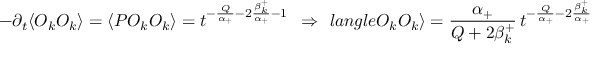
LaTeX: - \partial _ { t } \langle { \cal O } _ { k } { \cal O } _ { k } \rangle = \langle P { \cal O } _ { k } { \cal O } _ { k } \rangle = t ^ { - { \frac { Q } { \alpha _ { + } } } - 2 { \frac { \beta _ { k } ^ { + } } { \alpha _ { + } } } - 1 } \ \ \Rightarrow \ \, l a n g l e { \cal O } _ { k } { \cal O } _ { k } \rangle = { \frac { \alpha _ { + } } { Q + 2 \beta _ { k } ^ { + } } } \, t ^ { - { \frac { Q } { \alpha _ { + } } } - 2 { \frac { \beta _ { k } ^ { + } } { \alpha _ { + } } } } \ ,